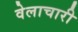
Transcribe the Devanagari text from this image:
वेलाचारी